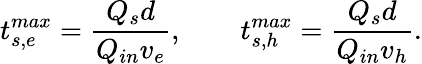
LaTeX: t_{s,e}^{max}=\frac{Q_{s}d}{Q_{in}v_{e}},~~~~~~~~t_{s,h}^{max}=\frac{Q_{s}d}{Q_{in}v_{h}}.